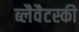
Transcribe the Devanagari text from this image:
ब्लैवैटस्की